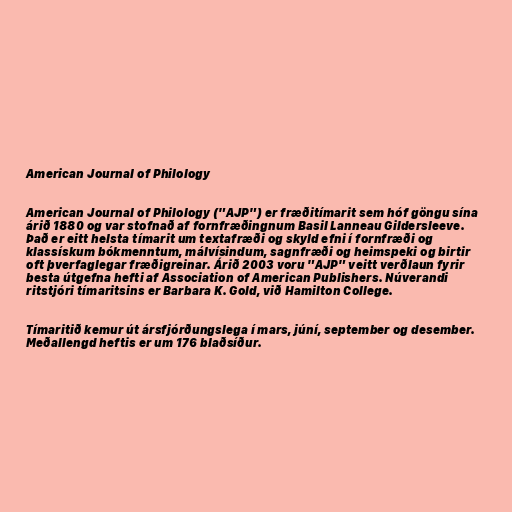
American Journal of Philology

American Journal of Philology ("AJP") er fræðitímarit sem hóf göngu sína
árið 1880 og var stofnað af fornfræðingnum Basil Lanneau Gildersleeve.
Það er eitt helsta tímarit um textafræði og skyld efni í fornfræði og
klassískum bókmenntum, málvísindum, sagnfræði og heimspeki og birtir
oft þverfaglegar fræðigreinar. Árið 2003 voru "AJP" veitt verðlaun fyrir
besta útgefna hefti af Association of American Publishers. Núverandi
ritstjóri tímaritsins er Barbara K. Gold, við Hamilton College.

Tímaritið kemur út ársfjórðungslega í mars, júní, september og desember.
Meðallengd heftis er um 176 blaðsíður.